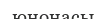
юнонасы